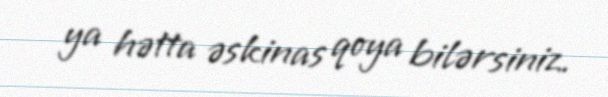
ya hətta əskinas qoya bilərsiniz.